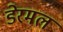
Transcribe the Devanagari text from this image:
डेरमल